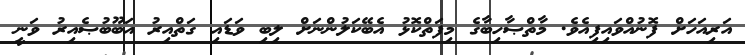
އަރިއަހަށް ފޮނުއްވައިފިއެވެ. މާތްޞާހިބާގެ މިފަތްކޮޅު އެބޭކަލުންނަށް ލިބި ވަޑައި ގަތްއިރު އަބޫބުޞެއިރު ވަނީ